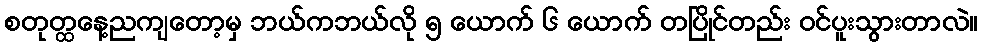
စတုတ္ထနေ့ညကျတော့မှ ဘယ်ကဘယ်လို ၅ ယောက် ၆ ယောက် တပြိုင်တည်း ဝင်ပူးသွားတာလဲ။